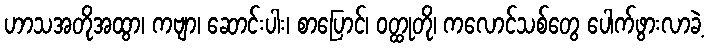
ဟာသအတိုအထွာ၊ ကဗျာ၊ ဆောင်းပါး၊ စာပြောင်၊ ဝတ္ထုတို၊ ကလောင်သစ်တွေ ပေါက်ဖွားလာခဲ့